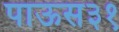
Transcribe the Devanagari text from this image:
पाऊस३१